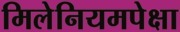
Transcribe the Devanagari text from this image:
मिलेनियमपेक्षा